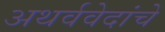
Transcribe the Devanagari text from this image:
अथर्ववेदांचे